Indian journal of veterinary science and animal husbandry - Volumes 24-25, 1954-1955
Year: 1954
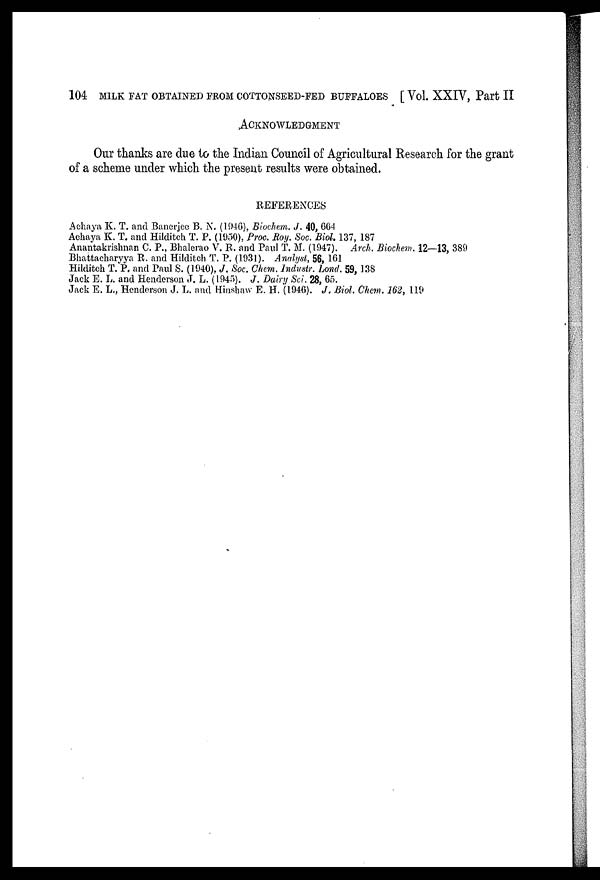
104 MILK FAT OBTAINED FROM COTTONSEED-FED BUFFALOES [Vol. XXIV, Part II
ACKNOWLEDGMENT
Our thanks are due to the Indian Council of Agricultural Research for the grant
of a scheme under which the present results were obtained.
REFERENCES
Achaya K. T. and Banerjee B. N. (1946), Biochem. J. 40, 664
Achaya K. T. and Hilditch T. P. (1950), Proc. Roy. Soc. Biol. 137, 187
Anantakrishnan C. P., Bhalerao V. R. and Paul T. M. (1947). Arch. Biochem. 12—13, 389
Bhattacharyya R. and Hilditch T. P. (1931). Analyst, 56, 161
Hilditch T. P. and Paul S. (1940), J. Soc. Chem. Industr. Lond. 59, 138
Jack E. L. and Henderson J. L. (1945). J. Dairy Sci. 28, 65.
Jack E. L., Henderson J. L. and Hinshaw E. H. (1946). J. Biol. Chem. 162, 119